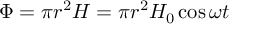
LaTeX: \Phi = \pi r ^ { 2 } H = \pi r ^ { 2 } H _ { 0 } \cos \omega t